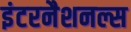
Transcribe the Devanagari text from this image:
इंटरनैशनल्स